Annual report of the Punjab Veterinary College and of the Civil Veterinary Department, Punjab - 1920-1925
Year: 1920
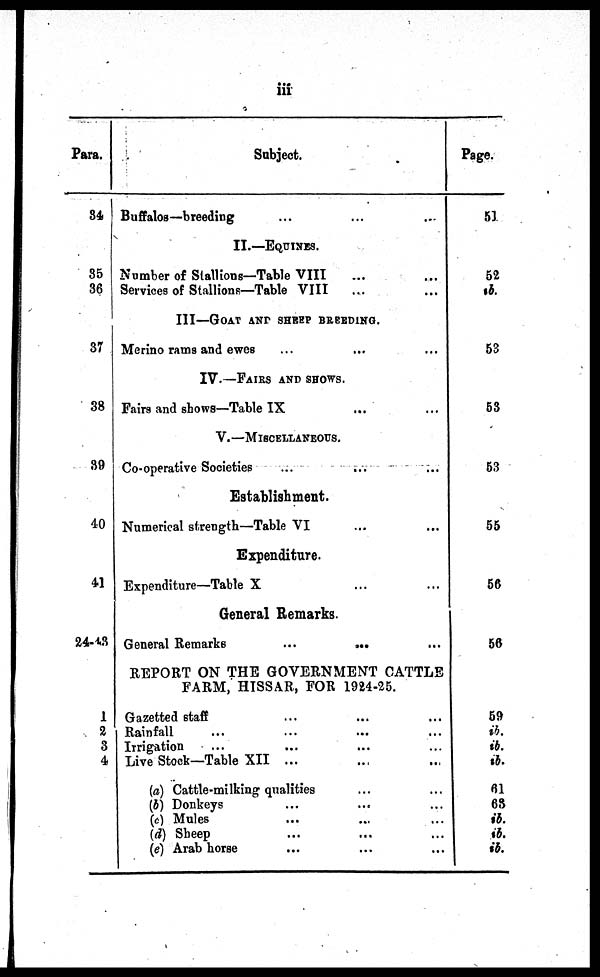
iii
Para.
34
35
36
37
38
39
40
41
24-43
1
2
3
4
Subject.
Buffalo—breeding ... ...
II.—EQUINES.
Number of Stallions—Table VIII ...
Services of Stallions—Table VIII ...
III—GOAT AND SHEEP BREEDING.
Merino rams and ewes ... ... ...
IV.—FAIRS AND SHOWS.
Fairs and shows—Table IX ... ...
V.—MISCELLANEOUS.
Co-operative Societies ... ... ...
Establishment.
Numerical strength—Table VI ... ... ...
Expenditure.
Expenditure—Table X ...
General Remarks.
General Remarks
...
... ...
REPORT ON THE GOVERNMENT CATTLE
FARM, HISSAR, FOR 1924-25.
Gazetted staff ... ...
Rainfall ... ... ... ...
Irrigation ... ... ...
Live Stock—Table XII ... ...
(a) Cattle-milking qualities ... ... ..
(b) Donkeys ... ...
(c) Mules ... ...
(d) Sheep ... ... ...
(e) Arab horse ... ... ...
Page.
51
52
ib.
53
53
53
55
56
56
59
ib.
ib.
ib.
61
63
ib.
ib.
ib.